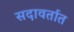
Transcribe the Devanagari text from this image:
सदावर्तात